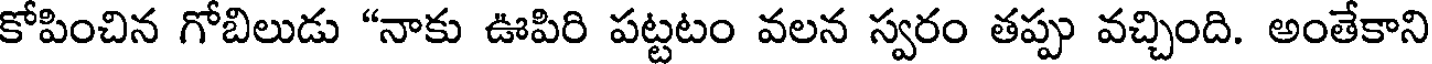
కోపించిన గోబిలుడు "నాకు ఊపిరి పట్టటం వలన స్వరం తప్పు వచ్చింది. అంతేకాని